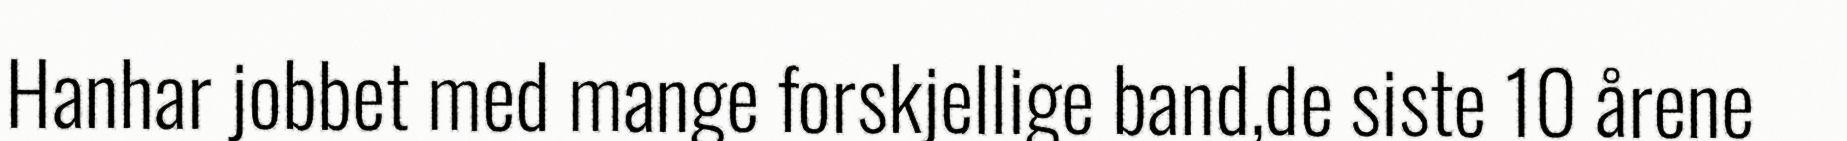
Hanhar jobbet med mange forskjellige band,de siste 10 årene